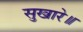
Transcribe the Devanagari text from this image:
सुखारे॥